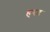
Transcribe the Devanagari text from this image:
हरद